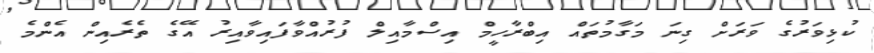
ކުޅިވަރުގެ ވަރަށް ގިނަ މަގާމުތައް އިބްރާހީމް އިސްމާއިލް ފުރުއްވާފައިވާއިރު އޭގެ ތެރެއިން އެންމެ